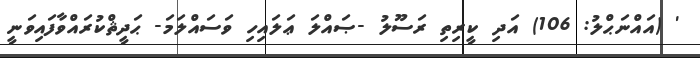
' (އައްނަޙްލު: 106) އަދި ކީރިތި ރަސޫލު -ޞައްލަ ޢަލައިހި ވަސައްލަމަ- ޙަދީޘްކުރައްވާފައިވަނީ